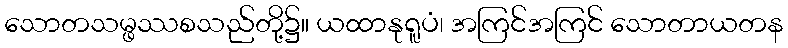
သောတသမ္ဖဿစသည်တို့၌။ ယထာနုရူပံ၊ အကြင်အကြင် သောတာယတန